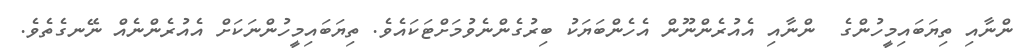
ންނާއި ތިޔަބައިމީހުންގެ  ންނާއި އެއުރެންނޫން އެހެންބަޔަކު ބިރުގެންނެވުމަށްޓަކައެވެ. ތިޔަބައިމީހުންނަކަށް އެއުރެންނެއް ނޭނގެތެވެ.